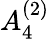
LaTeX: {A}_{4}^{(2)}